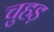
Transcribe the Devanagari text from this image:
चुहड़